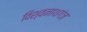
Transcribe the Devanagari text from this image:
विश्‍वनाथगंज